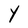
Character: Y